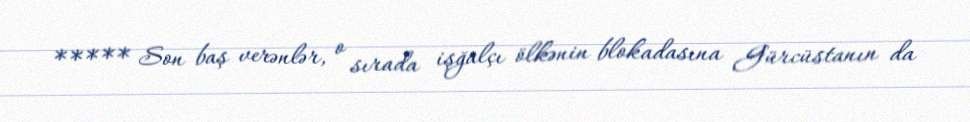
***** Son baş verənlər, o sırada işğalçı ölkənin blokadasına Gürcüstanın da